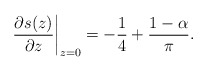
\begin{align*}\left.\frac{\partial s(z)}{\partial z}\right|_{z=0}=-\frac{1}{4}+\frac{1-\alpha}{\pi}.\end{align*}